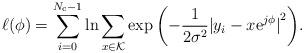
LaTeX: \begin{align*} \ell(\phi) = \sum_{i=0}^{N_\mathrm{c}-1} \ln{ \sum_{x\in\mathcal{K}} \exp{\left(-\frac{1}{2\sigma^2}{\vert y_i - x \mathrm{e}^{j\phi} \vert}^2 \right)} }.\end{align*}